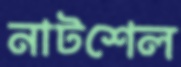
নাটশেল